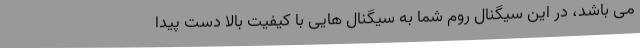
می باشد، در این سیگنال روم شما به سیگنال هایی با کیفیت بالا دست پیدا